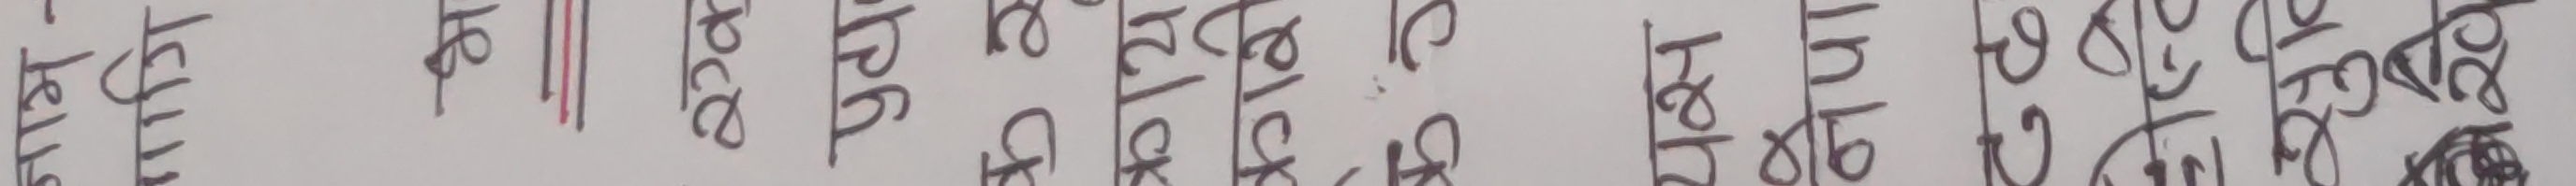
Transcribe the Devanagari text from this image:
एउटा space मा black color दिने